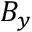
B _ { y }